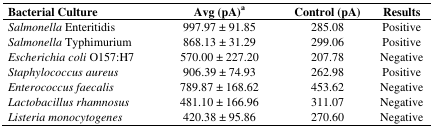
| Bacterial Culture | Avg (pA)a | Control (pA) | Results |
 | --- | --- | --- | --- |
 | Salmonella Enteritidis | 997.97 ± 91.85 | 285.08 | Positive |
 | Salmonella Typhimurium | 868.13 ± 31.29 | 299.06 | Positive |
 | Escherichia coli O157:H7 | 570.00 ± 227.20 | 207.78 | Negative |
 | Staphylococcus aureus | 906.39 ± 74.93 | 262.98 | Positive |
 | Enterococcus faecalis | 789.87 ± 168.62 | 453.62 | Negative |
 | Lactobacillus rhamnosus | 481.10 ± 166.96 | 311.07 | Negative |
 | Listeria monocytogenes | 420.38 ± 95.86 | 270.60 | Negative |